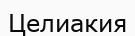
Целиакия